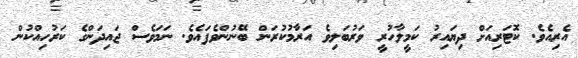
އެރިއެވެ. ކޮޓަރިއަށް ދިޔައިރު ކަމީލާހުރީ ވަރުބަލިވެ އަރާމުކުރަން ބޭނުންވެފައެވެ. ނަމަވެސް ޖައިދަންގެ ކަރުހިއްކުން